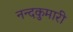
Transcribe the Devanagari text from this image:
नन्दकुमारी